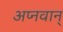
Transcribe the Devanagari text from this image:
अप्नवान्